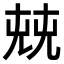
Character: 𠒔